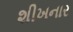
શીખનાર